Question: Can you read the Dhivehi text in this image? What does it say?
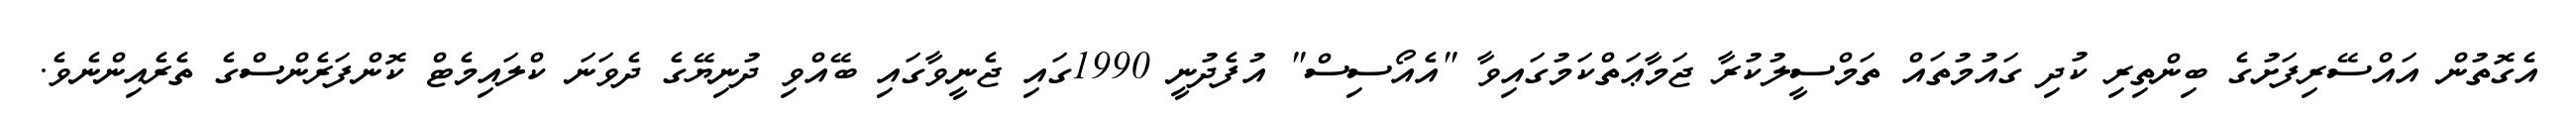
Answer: އެގޮތުން އައްސޭރިފަށުގެ ބިންތިރި ކުދި ގައުމުތައް ތަމްސީލުކުރާ ޖަމާޢަތްކަމުގައިވާ "އެއޯސިސް" އުފެދުނީ 1990ގައި ޖެނީވާގައި ބޭއްވި ދުނިޔޭގެ ދެވަނަ ކްލައިމެޓް ކޮންފަރެންސްގެ ތެރެއިންނެވެ.